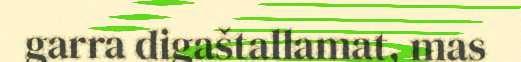
garra digaštallamat, mas